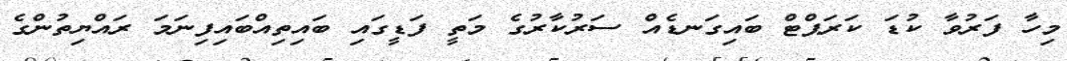
މިހާ ފަރުވާ ކުޑަ ކަރަޕްޓް ބައިގަނޑެއް ސަރުކާރުގެ މަތީ ފަޑީގައި ބައިތިއްބައިފިނަމަ ރައްޔިތުންގެ